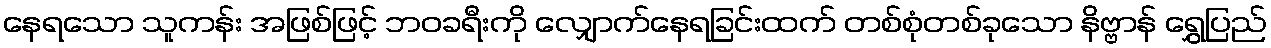
နေရသော သူကန်း အဖြစ်ဖြင့် ဘဝခရီးကို လျှောက်နေရခြင်းထက် တစ်စုံတစ်ခုသော နိဗ္ဗာန် ရွှေပြည်